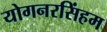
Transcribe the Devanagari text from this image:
योगनरसिंहम